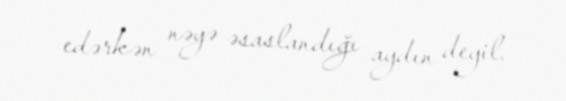
edərkən nəyə əsaslandığı aydın deyil.